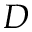
D